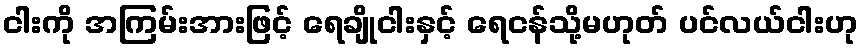
ငါးကို အကြမ်းအားဖြင့် ရေချိုငါးနှင့် ရေငန်သို့မဟုတ် ပင်လယ်ငါးဟု